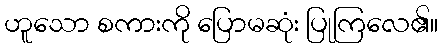
ဟူသော စကားကို ပြောမဆုံး ပြုကြလေ၏။